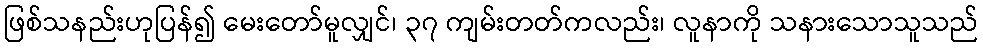
ဖြစ်သနည်းဟုပြန်၍ မေးတော်မူလျှင်၊ ၃၇ ကျမ်းတတ်ကလည်း၊ လူနာကို သနားသောသူသည်